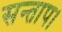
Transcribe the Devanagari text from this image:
सन्‍ताप।